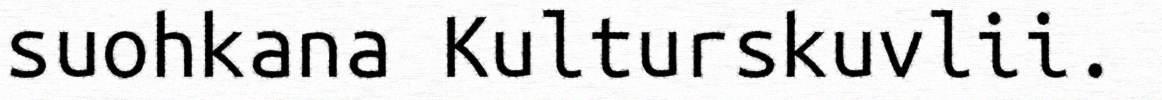
suohkana Kulturskuvlii.